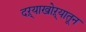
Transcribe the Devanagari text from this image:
दऱ्याखोऱ्यातून